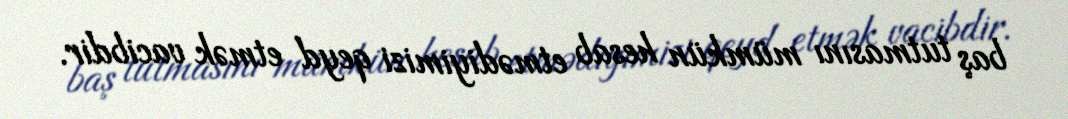
baş tutmasını mümkün hesab etmədiyimizi qeyd etmək vacibdir.